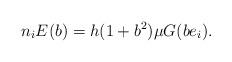
LaTeX: \begin{align*}n_i E(b)=h(1+b^2)\mu G(be_i). \end{align*}